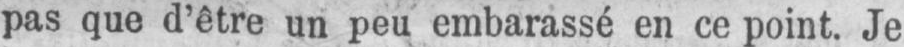
pas que d’être un peu embarassé en ce point. Je